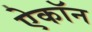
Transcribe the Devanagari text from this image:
ऐकॉन